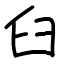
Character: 臼